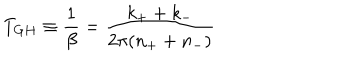
LaTeX: T _ { G H } \equiv \frac { 1 } { \beta } = \frac { k _ { + } + k _ { - } } { 2 \pi ( n _ { + } + n _ { - } ) }